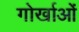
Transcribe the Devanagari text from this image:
गोर्खाओं